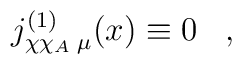
j_{\chi \chi_A \; \mu}^{(1)} (x) \equiv 0 \; \; \; ,